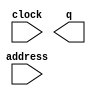
// megafunction wizard: %ROM: 1-PORT%VBB%
// GENERATION: STANDARD
// VERSION: WM1.0
// MODULE: altsyncram 

// ============================================================
// Megafunction Name(s):
// 			altsyncram
//
// Simulation Library Files(s):
// 			
// ============================================================
// ************************************************************
// THIS IS A WIZARD-GENERATED FILE. DO NOT EDIT THIS FILE!
//
// 20.1.1 Build 720 11/11/2020 SJ Lite Edition
// ************************************************************

//Copyright (C) 2020  Intel Corporation. All rights reserved.
//Your use of Intel Corporation's design tools, logic functions 
//and other software and tools, and any partner logic 
//functions, and any output files from any of the foregoing 
//(including device programming or simulation files), and any 
//associated documentation or information are expressly subject 
//to the terms and conditions of the Intel Program License 
//Subscription Agreement, the Intel Quartus Prime License Agreement,
//the Intel FPGA IP License Agreement, or other applicable license
//agreement, including, without limitation, that your use is for
//the sole purpose of programming logic devices manufactured by
//Intel and sold by Intel or its authorized distributors.  Please
//refer to the applicable agreement for further details, at
//https://fpgasoftware.intel.com/eula.

module InstMemory (
	address,
	clock,
	q);

	input	[6:0]  address;
	input	  clock;
	output	[15:0]  q;
`ifndef ALTERA_RESERVED_QIS
// synopsys translate_off
`endif
	tri1	  clock;
`ifndef ALTERA_RESERVED_QIS
// synopsys translate_on
`endif

endmodule

// ============================================================
// CNX file retrieval info
// ============================================================
// Retrieval info: PRIVATE: ADDRESSSTALL_A NUMERIC "0"
// Retrieval info: PRIVATE: AclrAddr NUMERIC "0"
// Retrieval info: PRIVATE: AclrByte NUMERIC "0"
// Retrieval info: PRIVATE: AclrOutput NUMERIC "0"
// Retrieval info: PRIVATE: BYTE_ENABLE NUMERIC "0"
// Retrieval info: PRIVATE: BYTE_SIZE NUMERIC "8"
// Retrieval info: PRIVATE: BlankMemory NUMERIC "0"
// Retrieval info: PRIVATE: CLOCK_ENABLE_INPUT_A NUMERIC "0"
// Retrieval info: PRIVATE: CLOCK_ENABLE_OUTPUT_A NUMERIC "0"
// Retrieval info: PRIVATE: Clken NUMERIC "0"
// Retrieval info: PRIVATE: IMPLEMENT_IN_LES NUMERIC "0"
// Retrieval info: PRIVATE: INIT_FILE_LAYOUT STRING "PORT_A"
// Retrieval info: PRIVATE: INIT_TO_SIM_X NUMERIC "0"
// Retrieval info: PRIVATE: INTENDED_DEVICE_FAMILY STRING "Cyclone IV E"
// Retrieval info: PRIVATE: JTAG_ENABLED NUMERIC "0"
// Retrieval info: PRIVATE: JTAG_ID STRING "NONE"
// Retrieval info: PRIVATE: MAXIMUM_DEPTH NUMERIC "0"
// Retrieval info: PRIVATE: MIFfilename STRING "../../Users/Steven/Documents/Processor/A.mif"
// Retrieval info: PRIVATE: NUMWORDS_A NUMERIC "128"
// Retrieval info: PRIVATE: RAM_BLOCK_TYPE NUMERIC "0"
// Retrieval info: PRIVATE: RegAddr NUMERIC "1"
// Retrieval info: PRIVATE: RegOutput NUMERIC "0"
// Retrieval info: PRIVATE: SYNTH_WRAPPER_GEN_POSTFIX STRING "1"
// Retrieval info: PRIVATE: SingleClock NUMERIC "1"
// Retrieval info: PRIVATE: UseDQRAM NUMERIC "0"
// Retrieval info: PRIVATE: WidthAddr NUMERIC "7"
// Retrieval info: PRIVATE: WidthData NUMERIC "16"
// Retrieval info: PRIVATE: rden NUMERIC "0"
// Retrieval info: LIBRARY: altera_mf altera_mf.altera_mf_components.all
// Retrieval info: CONSTANT: ADDRESS_ACLR_A STRING "NONE"
// Retrieval info: CONSTANT: CLOCK_ENABLE_INPUT_A STRING "BYPASS"
// Retrieval info: CONSTANT: CLOCK_ENABLE_OUTPUT_A STRING "BYPASS"
// Retrieval info: CONSTANT: INIT_FILE STRING "../../Users/Steven/Documents/Processor/A.mif"
// Retrieval info: CONSTANT: INTENDED_DEVICE_FAMILY STRING "Cyclone IV E"
// Retrieval info: CONSTANT: LPM_HINT STRING "ENABLE_RUNTIME_MOD=NO"
// Retrieval info: CONSTANT: LPM_TYPE STRING "altsyncram"
// Retrieval info: CONSTANT: NUMWORDS_A NUMERIC "128"
// Retrieval info: CONSTANT: OPERATION_MODE STRING "ROM"
// Retrieval info: CONSTANT: OUTDATA_ACLR_A STRING "NONE"
// Retrieval info: CONSTANT: OUTDATA_REG_A STRING "UNREGISTERED"
// Retrieval info: CONSTANT: WIDTHAD_A NUMERIC "7"
// Retrieval info: CONSTANT: WIDTH_A NUMERIC "16"
// Retrieval info: CONSTANT: WIDTH_BYTEENA_A NUMERIC "1"
// Retrieval info: USED_PORT: address 0 0 7 0 INPUT NODEFVAL "address[6..0]"
// Retrieval info: USED_PORT: clock 0 0 0 0 INPUT VCC "clock"
// Retrieval info: USED_PORT: q 0 0 16 0 OUTPUT NODEFVAL "q[15..0]"
// Retrieval info: CONNECT: @address_a 0 0 7 0 address 0 0 7 0
// Retrieval info: CONNECT: @clock0 0 0 0 0 clock 0 0 0 0
// Retrieval info: CONNECT: q 0 0 16 0 @q_a 0 0 16 0
// Retrieval info: GEN_FILE: TYPE_NORMAL InstMemory.v TRUE
// Retrieval info: GEN_FILE: TYPE_NORMAL InstMemory.inc FALSE
// Retrieval info: GEN_FILE: TYPE_NORMAL InstMemory.cmp FALSE
// Retrieval info: GEN_FILE: TYPE_NORMAL InstMemory.bsf FALSE
// Retrieval info: GEN_FILE: TYPE_NORMAL InstMemory_inst.v TRUE
// Retrieval info: GEN_FILE: TYPE_NORMAL InstMemory_bb.v TRUE
// Retrieval info: GEN_FILE: TYPE_NORMAL InstMemory_syn.v TRUE